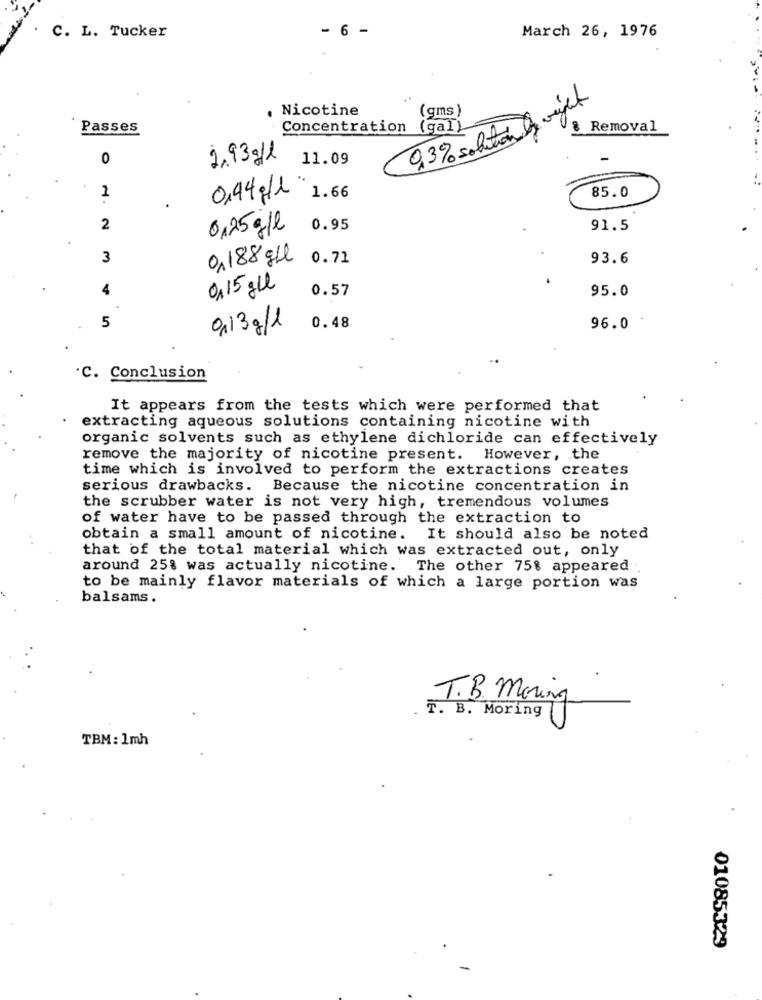
C. L. Tucker
- 6 -
March 26, 1976
Nicotine
9.3% solution Is right
(gms)
Passes
Concentration (gal)
& Removal
0
1,93g/l
11.09
0,94g/1
1.66
85.0
1
2
0,25g/l
0.95
91.5
3
0,188 g/l
0.71
93.6
4
0,15 gll
0.57
95.0
5
0,13g/l
0.48
96.0
'C. Conclusion
It appears from the tests which were performed that
extracting aqueous solutions containing nicotine with
organic solvents such as ethylene dichloride can effectively
remove the majority of nicotine present. However, the
time which is involved to perform the extractions creates
serious drawbacks. Because the nicotine concentration in
the scrubber water is not very high, tremendous volumes
of water have to be passed through the extraction to
obtain a small amount of nicotine. It should also be noted
that of the total material which was extracted out, only
around 25% was actually nicotine. The other 75% appeared :
to be mainly flavor materials of which a large portion was
balsams .
T.B. Moving
T. B. Moring
TBM: 1mh
01085329